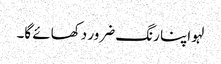
لہو اپنا رنگ ضرور دکھائے گا۔